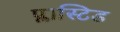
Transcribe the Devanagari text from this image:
प्लास्टिड